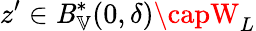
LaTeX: z^{\prime}\in\mathit{B}_{\mathbb{{V}}}^{*}(0,\delta)\capW_{L}